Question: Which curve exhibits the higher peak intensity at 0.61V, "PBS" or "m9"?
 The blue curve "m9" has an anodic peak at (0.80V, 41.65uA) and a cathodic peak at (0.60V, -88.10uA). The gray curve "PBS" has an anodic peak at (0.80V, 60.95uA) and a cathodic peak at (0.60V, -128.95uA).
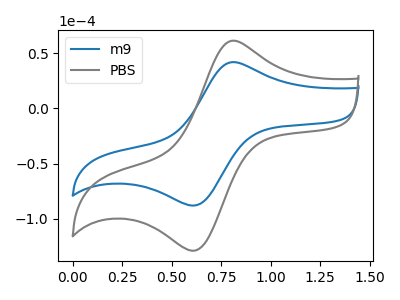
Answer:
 <answer>The peak at 0.61V is higher in "PBS" than in "m9".</answer>
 <eval>higher</eval>